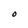
Character: O